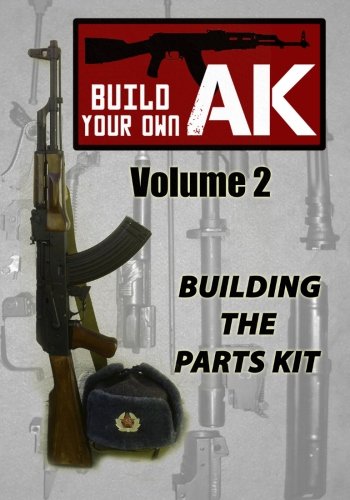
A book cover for Build Your Own AK: Vol. II: Building the Parts Kit (Volume 2); Nicoroshi; Sports & Outdoors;